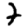
Digit: 7